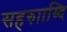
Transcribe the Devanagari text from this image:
सहरुााब्दि